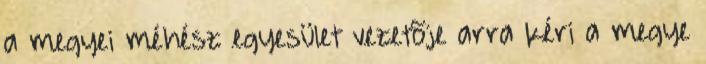
a megyei méhész egyesület vezetõje arra kéri a megye